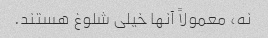
نه، معمولاً آنها خیلی شلوغ هستند.